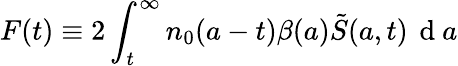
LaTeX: F(t)\equiv 2\int_{t}^{\infty}{{{n}_{0}}(a-t)\beta(a)\tilde{S}(a,t)\, \mathrm{~d~}a}